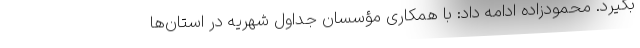
بگیرد. محمودزاده ادامه داد: با همکاری مؤسسان جداول شهریه در استان‌ها